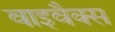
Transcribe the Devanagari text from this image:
वाइवैक्स